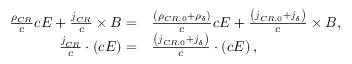
\begin{array} { r l } { \frac { \rho _ { C R } } { c } c \boldsymbol { E } + \frac { \boldsymbol { j } _ { C R } } { c } \times \boldsymbol { B } = } & { { } \frac { \left( \rho _ { C R , 0 } + \rho _ { \delta } \right) } { c } c \boldsymbol { E } + \frac { \left( \boldsymbol { j } _ { C R , 0 } + \boldsymbol { j } _ { \delta } \right) } { c } \times \boldsymbol { B } , } \\ { \frac { \boldsymbol { j } _ { C R } } { c } \cdot \left( c \boldsymbol { E } \right) = } & { { } \frac { \left( \boldsymbol { j } _ { C R , 0 } + \boldsymbol { j } _ { \delta } \right) } { c } \cdot \left( c \boldsymbol { E } \right) , } \end{array}